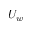
U _ { w }